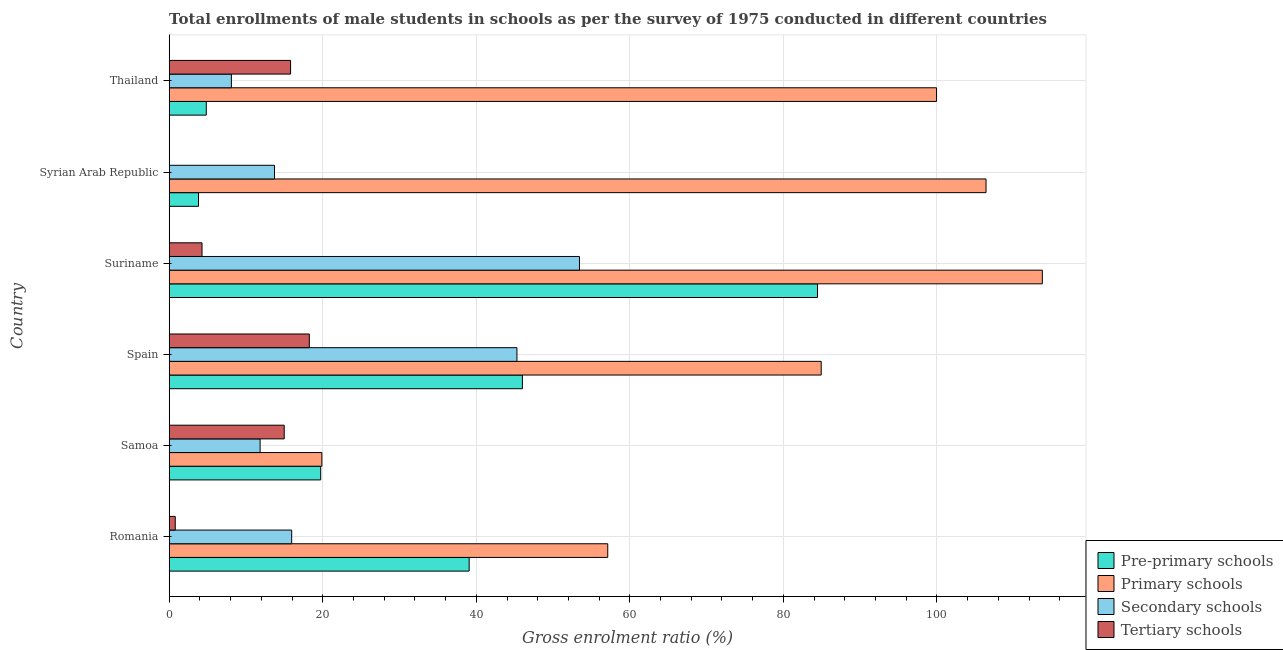
| Country | Pre-primary schools | Primary schools | Secondary schools | Tertiary schools |
 | --- | --- | --- | --- | --- |
 | Romania | 39.1 | 57.1 | 16 | 0.788 |
 | Samoa | 19.7 | 19.9 | 11.8 | 15 |
 | Spain | 46 | 84.9 | 45.3 | 18.2 |
 | Suriname | 84.4 | 114 | 53.4 | 4.27 |
 | Syrian Arab Republic | 3.82 | 106 | 13.7 | 0.0183 |
 | Thailand | 4.83 | 99.9 | 8.1 | 15.8 |